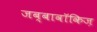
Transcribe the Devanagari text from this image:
जब्बावॉकिज़